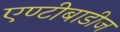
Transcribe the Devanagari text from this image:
एण्टीबाडीज